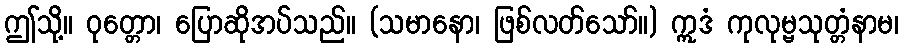
ဤသို့။ ဝုတ္တော၊ ပြောဆိုအပ်သည်။ (သမာနော၊ ဖြစ်လတ်သော်။) ဣဒံ ကုလုမ္ဗသုတ္တံနာမ၊